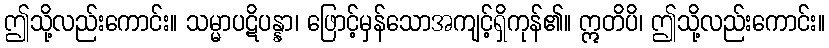
ဤသို့လည်းကောင်း။ သမ္မာပဋိပန္နာ၊ ဖြောင့်မှန်သောအကျင့်ရှိကုန်၏။ ဣတိပိ၊ ဤသို့လည်းကောင်း။